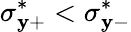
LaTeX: \sigma_{\mathbf{y}+}^{*}<\sigma_{\mathbf{y}-}^{*}